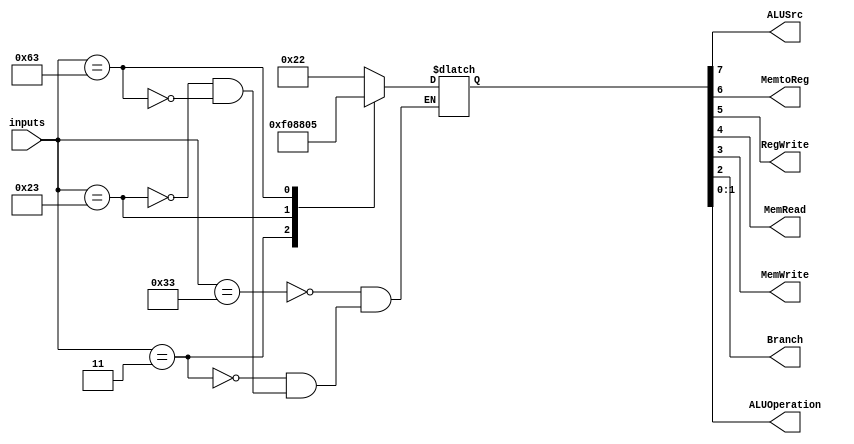
module control(inputs,ALUSrc, MemtoReg, RegWrite,MemRead, MemWrite, Branch, ALUOperation);

    input [6:0] inputs;
    output ALUSrc, MemtoReg, RegWrite, MemRead, MemWrite, Branch;
    reg [7:0] outputs;
    output [1 : 0] ALUOperation;

    assign {ALUSrc, MemtoReg, RegWrite, MemRead, MemWrite, Branch, ALUOperation[1], ALUOperation[0]} = outputs;
     

    always @ (inputs) begin
    
        case(inputs)
            7'b0110011: outputs = 8'b00100010;	//R-format
            7'b0000011: outputs = 8'b11110000;	//ld
            7'b0100011: outputs = 8'b10001000;	//sd
            7'b1100011: outputs = 8'b00000101;	//beq           
        endcase

    end

endmodule